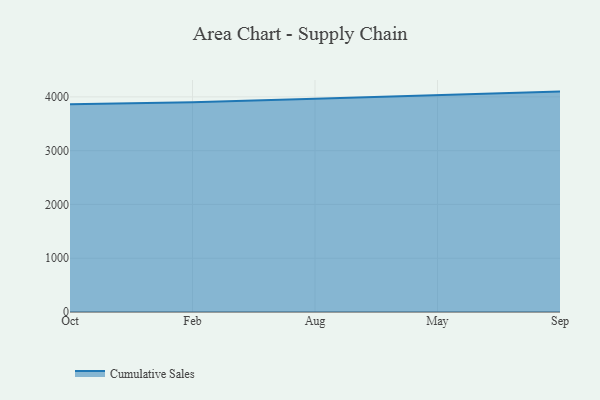
{"axis": {"x": "Month", "y": "Bounce Rate (%)"}, "legend": ["Cumulative Sales"], "data": [{"x": "Oct", "y": 3862.4, "type": "Cumulative Sales"}, {"x": "Feb", "y": 3899.7, "type": "Cumulative Sales"}, {"x": "Aug", "y": 3965.5, "type": "Cumulative Sales"}, {"x": "May", "y": 4028.8, "type": "Cumulative Sales"}, {"x": "Sep", "y": 4098.4, "type": "Cumulative Sales"}]}